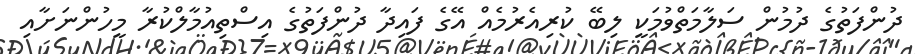
ދުންފަތުގެ ދުމުން ސަލާމަތްވުމަކީ ލިބޭ ކުރިއެރުމެއް އޭގެ ފައިދާ ދުންފަތުގެ އިސްތިއުމާލްކުރާ މީހުންނަށާއި